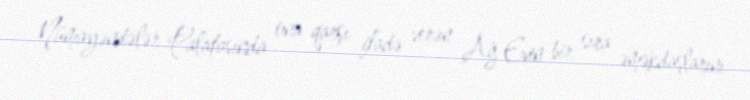
Nümayəndələr Palatasında ona qarşı ifadə verən Ağ Evin bir sıra əməkdaşlarını